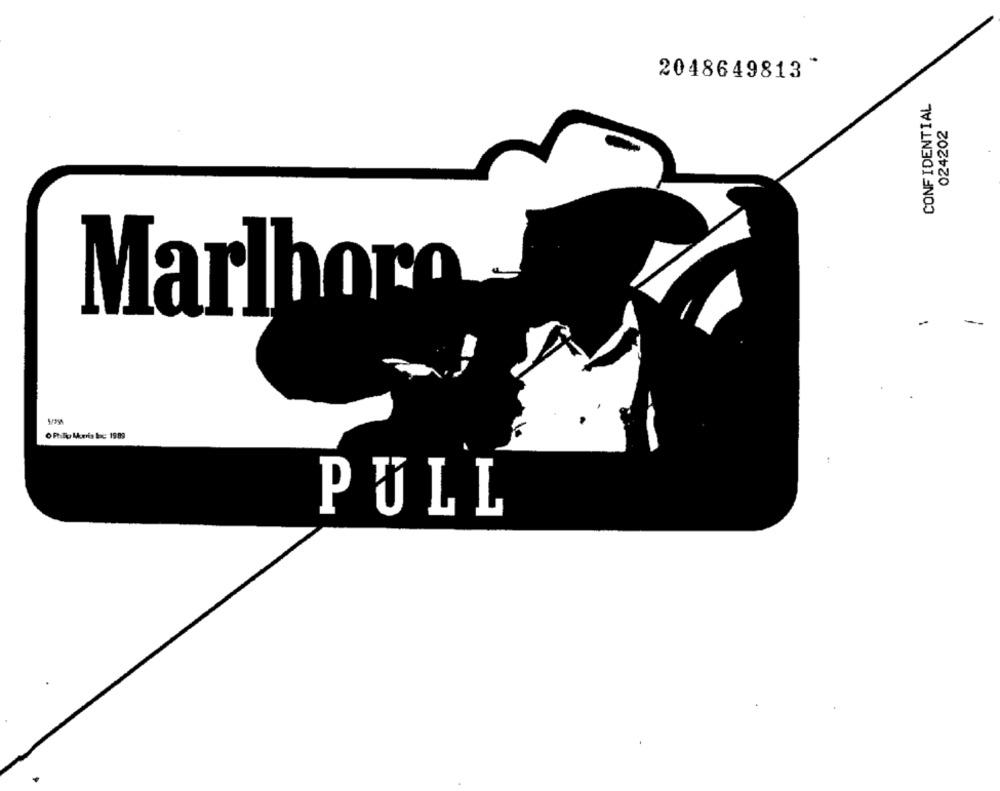
2048649813 *
CONFIDENTIAL
024202
Marlboro -
OPhiTu lleris bac 1989
PULL